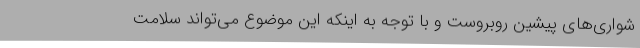
شواری‌های پیشین روبروست و با توجه به اینکه این موضوع می‌تواند سلامت